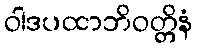
ဝါဒပထာဘိဝတ္တိနံ